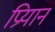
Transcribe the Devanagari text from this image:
प्रियान